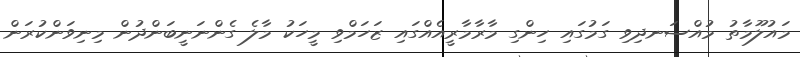
މައުލޫމާތު މުއްސަނދިވި ގަމުގައި ހިންގި މާރާމާރީއެއްގައި ޒަހަމްވި މީހަކު މާލެ ގެންނަނީބަންދުން މިނިވަންކުރަން